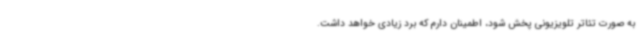
به صورت تئاتر تلویزیونی پخش شود، اطمینان دارم که برد زیادی خواهد داشت.